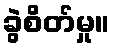
ခွဲစိတ်မှု။